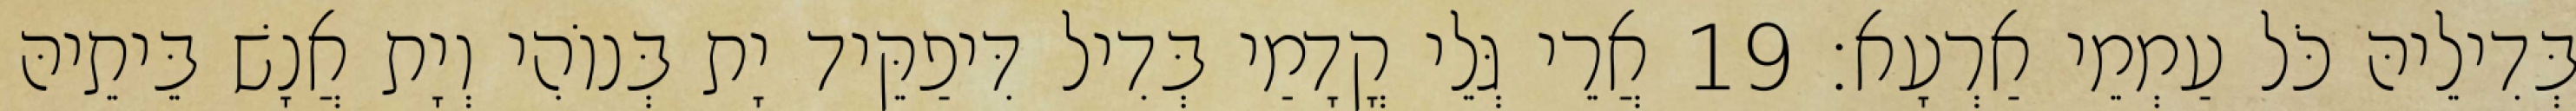
בְּדִילֵיהּ כֹּל עַמְמֵי אַרְעָא׃ 19 אֲרֵי גְּלֵי קֳדָמַי בְּדִיל דִּיפַקֵּיד יָת בְּנוֹהִי וְיָת אֲנָשׁ בֵּיתֵיהּ